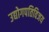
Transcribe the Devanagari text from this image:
उद्योगपतिविजय